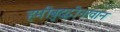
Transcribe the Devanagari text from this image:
हमीबुद्दीनखान